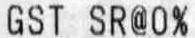
GST SR@0%